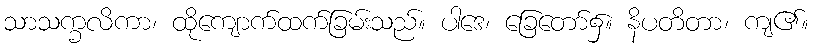
သာသက္ခလိကာ၊ ထိုကျောက်ထက်ခြမ်းသည်။ ပါဒေ၊ ခြေတော်၌။ နိပတိတာ၊ ကျ၏။